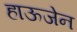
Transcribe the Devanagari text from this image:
हाऊजेन